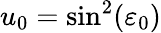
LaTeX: u_{0}=\sin^{2}(\varepsilon_{0})